Annual administration report of the Civil Veterinary Department of India - 1899-1900
Year: 1899
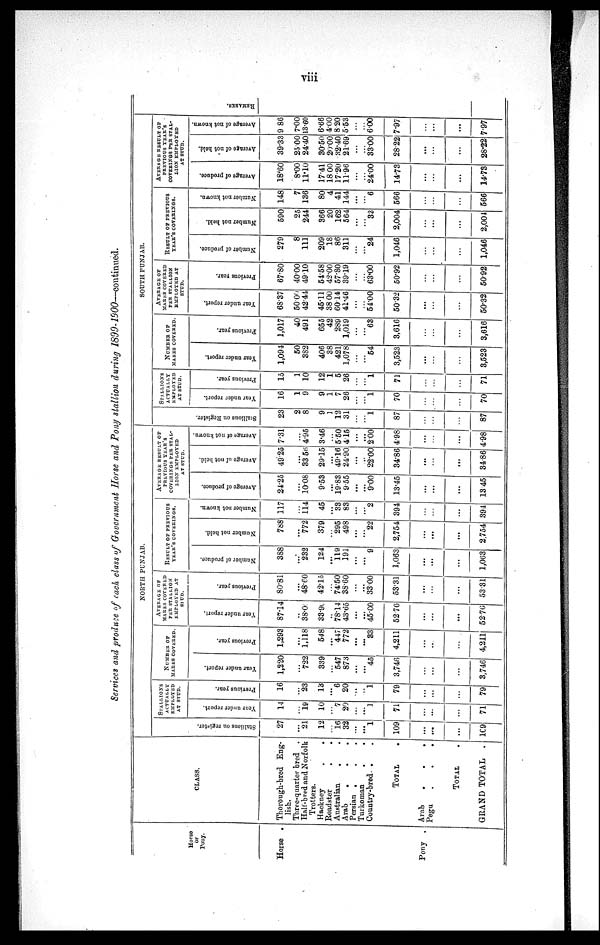
viii
Servíces and produce of each class of Government Horse and Pony stallion during
1899-1900—continued.
Horse
or
Pony.
Horse .
Pony .
CLASS.
Thorough-bred Eng-
lish.
Three-quarter bred .
Half-bred and Norfolk
Trotters.
Hackney
Roadster
Australian
Arab
. . .
Persian . . .
Turkoman . .
Country-bred. . .
TOTAL.
Arab
.
.
.
Pegu . . .
TOTAL
GRAND TOTAL
.
NORTH PUNJAB.
St al l
i
ons on register.
27
...
21
12
...
16
32
...
...
1
109
...
...
...
109
STALLIONS
ACTUALLY
EMPLOYED
AT STUD.
Year under report.
14
...
19
10
...
7
20
...
...
1
71
...
...
...
71
Previous year.
16
...
23
13
...
6
20
...
...
1
79
...
...
...
79
NUMBER OF
MARES COVERED.
Year under report.
1,220
...
722
339
...
547
873
...
...
45
3,746
...
...
...
3,746
Previous year.
1,293
......
1,118
548
...
447
772
...
...
33
4,211
...
...
...
4,211
AVERAGE OF MARES COVERED PER STALLION EMPLOYED AT
STUD.
Year under report.
87.14
...
38.00
33.90
..
78.14
43.65
...
...
45.00
5276
...
...
...
52.76
Previous year.
80.81
...
48.60
42.15
...
74.50
38.60
...
...
33.00
53.31
...
...
...
53.31
RESULT OF PREVIOUS YEAR'S COVERINGS.
Number
of produce.
388
...
232
124
......
119
191
...
...
9
1,063
...
...
...
1,063
Number not held.
788
...
772
379
...
295
498
...
...
22
2,754
...
...
...
2,754
Number not known.
117
...
114
45
...
33
83
...
...
2
394
...
...
...
394
AVERAGE RESULT OF PREVIOUS YEAR'S
COVERINGS PER STAL-LION EMPLOYED
AT STUD.
Average of produce.
24.25
...
10.08
9.53
...
19.83
9.55
...
...
9.00
13.45
...
...
...
13 45
Average of not bold
49.25
...
33 56
29.15
...
49.16
24.90
...
...
22.00
34.86
...
...
...
34.86
Average of not known.
7.31
...
4.95
3.46
...
5 50
4 15
...
...
2.00
4.98
...
...
...
4.98
SOUTH PUNJAB.
St al l
i
ons on Regi st er .
23
2
8
9
1
12
31
...
...
1
87
...
...
...
87
STALLIONS ACTUALLY EMPLOYED
AT STUD.
Year under report.
16
1
9
9
1
7
26
...
...
1
70
...
...
...
70
Previous year.
15
1
10
12
1
5
26
...
...
1
71
...
...
...
71
NUMBER OF
MARES COVERED.
Year under report.
1,094
50
382
406
38
421
1,078
...
...
54
3,523
...
...
...
3,523
Previous year.
1,017
40
491
655
42
289
1,019
...
......
63
3,616
...
...
...
3,616
AVERAGE OF MARES COVERED PER STALLION EMPLOYED AT
STUD.
Year under report.
68.37
50.00
42.44
45.11
3800
6014
41.46
...
...
5400
5032
...
...
...
50.32
Previous year.
67.80
40.00
49.10
5458
42.00
57.80
39.19
...
...
63.00
50.92
...
...
...
50.92
RESULT OF PREVIOUS YEAR'S COVERINGS.
Number of produce.
279
8
111
209
18
86
311
...
...
24
1,046
...
...
...
1,046
Number not held.
590
25
244
366
20
162
564
...
...
33
2,004
...
...
...
2,004
Number not known.
148
7
136
80
4
41
144
...
...
6
566
...
...
...
566
AVERAGE RESULT OF
PREVIOUS YEAR'S
COVERINGS PER STAL-
LION EMPLOYED AT STUD.
Average of produce.
18.60
8.00
11.10
17.41
18 00
17.20
11.96
...
...
24.00
14.73
...
...
...
14.73
Average of not held.
39.33
2500
24.40
30.50
20.00
32.40
21.69
...
...
33.00
28.22
...
...
...
28.22
Average of not known.
9 86
7.00
13.60
6.66
4.00
8.20
5.53
...
...
600
7.97
...
...
...
7.97
REMARKS.